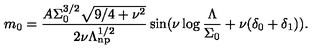
m _ { 0 } = \frac { A \Sigma _ { 0 } ^ { 3 / 2 } \sqrt { 9 / 4 + \nu ^ { 2 } } } { 2 \nu \Lambda _ { \mathrm { n p } } ^ { 1 / 2 } } \sin ( \nu \log \frac { \Lambda } { \Sigma _ { 0 } } + \nu ( \delta _ { 0 } + \delta _ { 1 } ) ) .